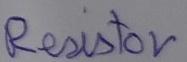
Text: Resistor